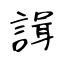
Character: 諿